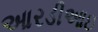
આરડીઆઇ